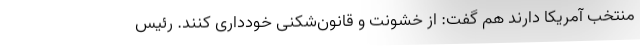
منتخب آمریکا دارند هم گفت: از خشونت و قانون‌شکنی خودداری کنند. رئیس